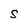
Character: S